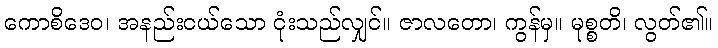
ကောစိဒေဝ၊ အနည်းငယ်သော ငုံးသည်လျှင်။ ဇာလတော၊ ကွန်မှ။ မုစ္စတိ၊ လွတ်၏။